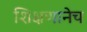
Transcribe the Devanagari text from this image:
शिक्षणानेच